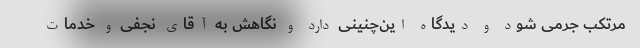
مرتکب جرمی شود و دیدگاه این‌چنینی دارد و نگاهش به آقای نجفی و خدمات